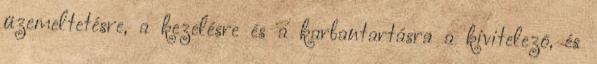
üzemeltetésre, a kezelésre és a karbantartásra a kivitelezõ, és